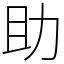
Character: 助